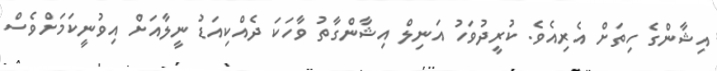
އިޝާންގެ ހިތަށް އެރިއެވެ. ކުރީދުވަހު އަނިލް އިޝާންގާތު ވާހަކަ ދެއްކިއަޑު ނީލާއަށް އިވުނީކަމަށްވެސް